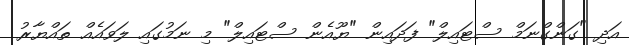
އަދި "ގަންގްނަމް ސްޓައިލް" ފަދައިން "ޔޫއެން ސްޓައިލް" މި ނަމުގައި ލަވައެއް ތައްޔާރު